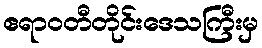
ဧရာဝတီတိုင်းဒေသကြီးမှ